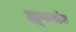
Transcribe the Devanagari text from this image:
ह्यूगनॉट